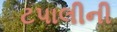
ટપાલીની